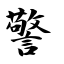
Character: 警